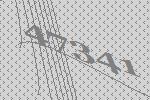
47341